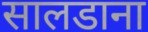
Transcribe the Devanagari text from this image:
सालडाना